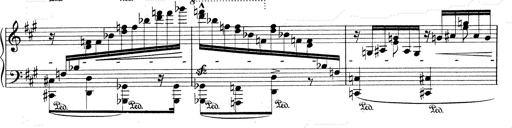
Title: Mephisto Waltz No.1
Composer: Franz Liszt